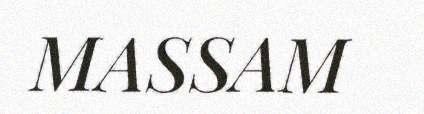
MASSAM